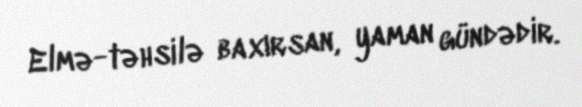
Elmə-təhsilə baxırsan, yaman gündədir.